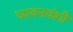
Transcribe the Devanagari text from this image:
च्यवनवंशी